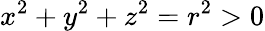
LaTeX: x^{2}+y^{2}+z^{2}=r^{2}>0